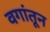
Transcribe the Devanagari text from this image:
वगांतून